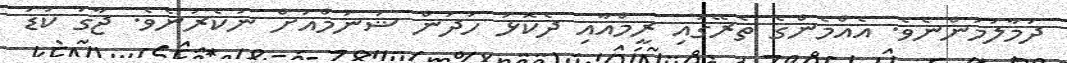
ދަމާލަމުންނެވެ. އެއްމެންގެ ތެރޭގައި ރީމްއާއި ދެކޮޅު ހަދަން ޝަނުމްއަށް ނުކެރުނެވެ. ޖާގަ ކުޑަ